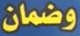
وضمان